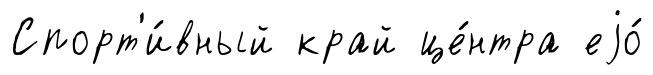
Спорт'и́вный край це́нтра еjо́